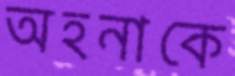
অহনাকে